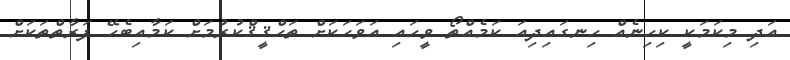
އަދި މިކަމަކީ ކިހިނެއް ހިނގައިދިއަ ކަމެއްތޯ ވީހައި އަވަހަކަށް ތަޙްޤީޤްކުރުމަށް ކަމާއިބެހޭ ފަރާތްތަކަށް